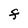
Character: F